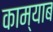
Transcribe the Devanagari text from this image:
काम्याब